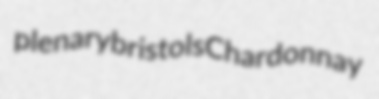
plenary bristols Chardonnay